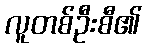
လူတစ်ဦးစီ၏